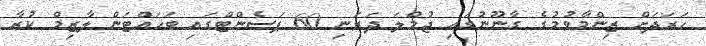
ހަރަދަށް ޒިންމާވުމުގެ ގާނޫނުގައި ޖުމްލަ ދަރަނި 60 ޕަސެންޓްގައި ބަހައްޓަން ލާޒިމް ކުރާ